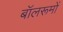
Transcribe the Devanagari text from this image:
बॉलरूमों